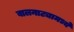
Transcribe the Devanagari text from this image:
बालनाट्यामध्ये